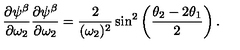
{ \frac { \partial \psi ^ { \beta } } { \partial \omega _ { 2 } } } { \frac { \partial \psi ^ { \beta } } { \partial \omega _ { 2 } } } = { \frac { 2 } { ( \omega _ { 2 } ) ^ { 2 } } } \sin ^ { 2 } \left( { \frac { \theta _ { 2 } - 2 \theta _ { 1 } } { 2 } } \right) .